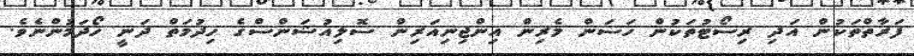
ފަރާތްތަކުން އަދި ރިސޯޓުތަކުން ހަސަން މެރިން އިންޖިނިއަރިން ސޮލިއުޝަންސްގެ ހިދުމަތް ދަނީ ހޯދަމުންނެވެ.